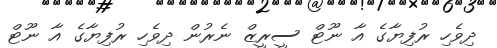
ދިވެހި ރުފިޔާގެ އާ ނޫޓް ސީރީޒް ނެރުން ދިވެހި ރުފިޔާގެ އާ ނޫޓް